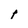
Character: t